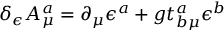
\delta _ { \epsilon } A _ { \mu } ^ { a } = \partial _ { \mu } \epsilon ^ { a } + g t _ { b \mu } ^ { a } \epsilon ^ { b }